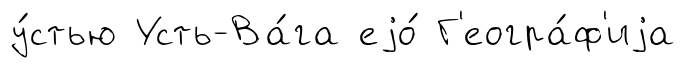
у́стью Усть-Ва́га еjо́ Г'еогра́ф'иjа